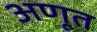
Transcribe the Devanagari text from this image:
अणूत